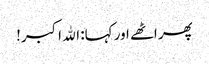
پھر اٹھے اور کہا: الله اکبر!